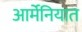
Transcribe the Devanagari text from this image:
आर्मेनियात